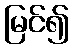
မြင်၍